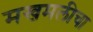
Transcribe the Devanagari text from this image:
मखमलीचा